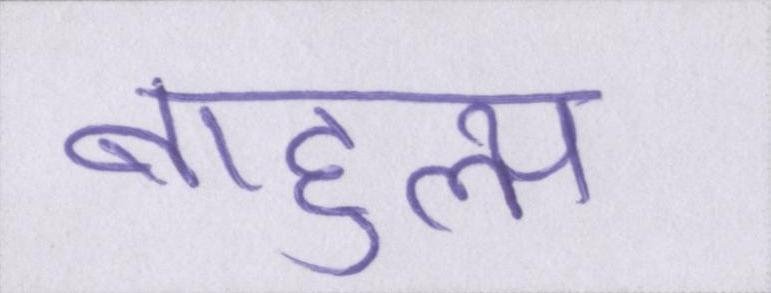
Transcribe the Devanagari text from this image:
बाहुल्य